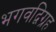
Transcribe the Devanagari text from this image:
भगवद्विग्रह